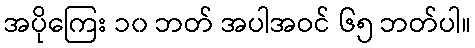
အပိုကြေး ၁၀ ဘတ် အပါအဝင် ၆၅ ဘတ်ပါ။